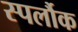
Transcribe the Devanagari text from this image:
स्पर्लौक